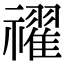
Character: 𥜔